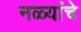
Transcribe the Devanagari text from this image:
नळ्यांचे